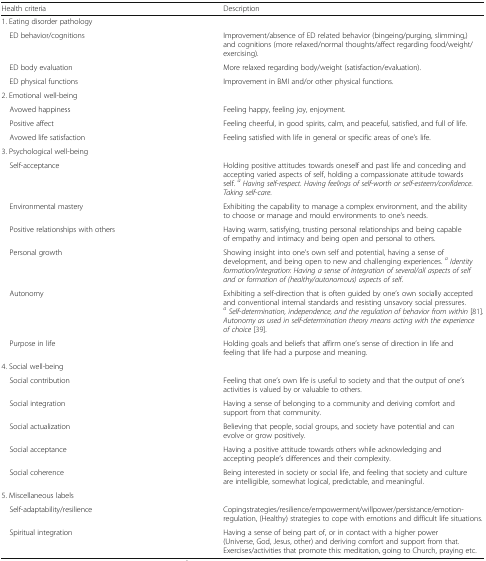
| Health criteria | Description |
 | --- | --- |
 | <COLSPAN=2> 1. Eating disorder pathology |
 | ED behavior/cognitions | Improvement/absence of ED related behavior (bingeing/purging, slimming,) and cognitions (more relaxed/normal thoughts/affect regarding food/weight/exercising). |
 | ED body evaluation | More relaxed regarding body/weight (satisfaction/evaluation). |
 | ED physical functions | Improvement in BMI and/or other physical functions. |
 | <COLSPAN=2> 2. Emotional well-being |
 | Avowed happiness | Feeling happy, feeling joy, enjoyment. |
 | Positive affect | Feeling cheerful, in good spirits, calm, and peaceful, satisfied, and full of life. |
 | Avowed life satisfaction | Feeling satisfied with life in general or specific areas of one’s life. |
 | <COLSPAN=2> 3. Psychological well-being |
 | Self-acceptance | Holding positive attitudes towards oneself and past life and conceding and accepting varied aspects of self, holding a compassionate attitude towards self. aHaving self-respect. Having feelings of self-worth or self-esteem/confidence. Taking self-care. |
 | Environmental mastery | Exhibiting the capability to manage a complex environment, and the ability to choose or manage and mould environments to one’s needs. |
 | Positive relationships with others | Having warm, satisfying, trusting personal relationships and being capable of empathy and intimacy and being open and personal to others. |
 | Personal growth | Showing insight into one’s own self and potential, having a sense of development, and being open to new and challenging experiences. a Identity formation/integration: Having a sense of integration of several/all aspects of self and or formation of (healthy/autonomous) aspects of self. |
 | Autonomy | Exhibiting a self-direction that is often guided by one’s own socially accepted and conventional internal standards and resisting unsavory social pressures. a Self-determination, independence, and the regulation of behavior from within [81]. Autonomy as used in self-determination theory means acting with the experience of choice [39]. |
 | Purpose in life | Holding goals and beliefs that affirm one’s sense of direction in life and feeling that life had a purpose and meaning. |
 | <COLSPAN=2> 4. Social well-being |
 | Social contribution | Feeling that one’s own life is useful to society and that the output of one’s activities is valued by or valuable to others. |
 | Social integration | Having a sense of belonging to a community and deriving comfort and support from that community. |
 | Social actualization | Believing that people, social groups, and society have potential and can evolve or grow positively. |
 | Social acceptance | Having a positive attitude towards others while acknowledging andaccepting people’s differences and their complexity. |
 | Social coherence | Being interested in society or social life, and feeling that society and culture are intelligible, somewhat logical, predictable, and meaningful. |
 | <COLSPAN=2> 5. Miscellaneous labels |
 | Self-adaptability/resilience | Copingstrategies/resilience/empowerment/willpower/persistance/emotion-regulation, (Healthy) strategies to cope with emotions and difficult life situations. |
 | Spiritual integration | Having a sense of being part of, or in contact with a higher power(Universe, God, Jesus, other) and deriving comfort and support from that. Exercises/activities that promote this: meditation, going to Church, praying etc. |